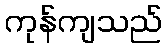
ကုန်ကျသည်